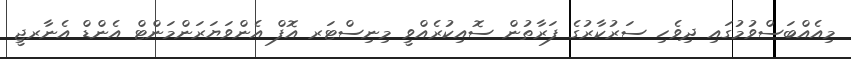
މިއެއްބަސްވުމުގައި ދިވެހި ސަރުކާރުގެ ފަރާތުން ސޮއިކުރެއްވީ މިނިސްޓަރ އޮފް އެންވަޔަރަންމަންޓް އެންޑް އެނާރޖީ